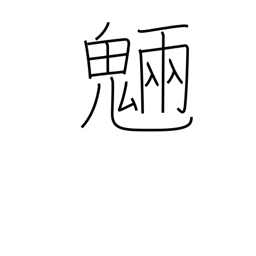
Meaning: spirits of trees and rocks